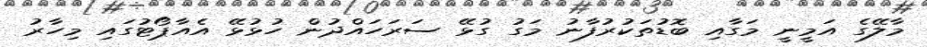
މާލޭގެ އަމީނީ މަގާއި ބޮޑުތަކުރުފާނު މަގު ގުޅޭ ސަރަހައްދުން ހުޅުޅޭ އެއާޕޯޓުގައި މިހާރު